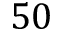
5 0